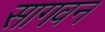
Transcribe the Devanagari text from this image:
सागवन